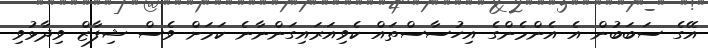
އޭގެ ސަބަބުން އެ އެންމެންގެ އިހުސާސްތައް ކެވިއަރައިގަންނާނެ ކަމަށް ވެސް ޝިފާޒް ވިދާޅުވި